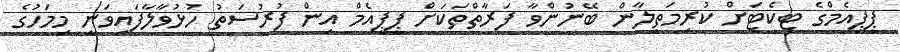
ޕީޕީއެމްގެ ޓިކެޓަށް ކުރިމަތިލާން ބޭނުންވާ ފަރާތްތަކަށް ޕީޕީއެމް އިން ފުރުސަތު ހުޅުވާލާފައިވަނީ މިމަހުގެ